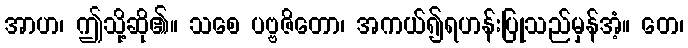
အာဟ၊ ဤသို့ဆို၏။ သစေ ပဗ္ဗဇိတော၊ အကယ်၍ရဟန်းပြုသည်မှန်အံ့။ တေ၊